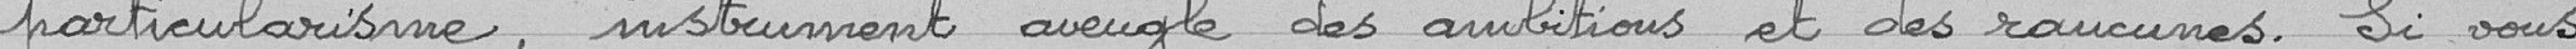
" particularisme, instrument aveugle des ambitions et des rancunes. Si vous